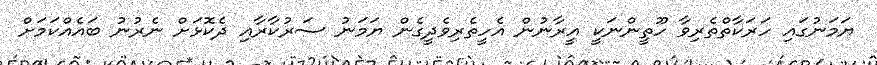
ޔަމަނުގައި ހަރަކާތްތެރިވާ ހޫތީންނަކީ އީރާނުން އެހީތެރިވެދީގެން ޔަމަނު ސަރުކާރާއި ދެކޮޅަށް ނެރުނު ބައެއްކަމަށް